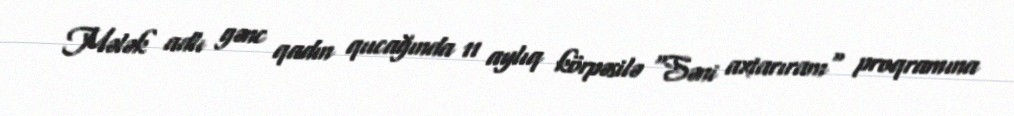
Mələk adlı gənc qadın qucağında 11 aylıq körpəsilə "Səni axtarıram" proqramına